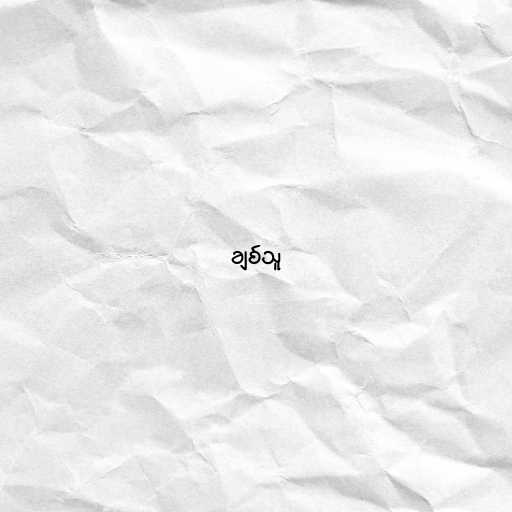
ချစ်သူ